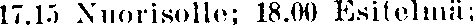
17.15 Nuorisolle; 18.00 Esitelmä;